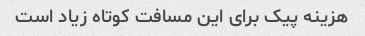
هزینه پیک برای این مسافت کوتاه زیاد است